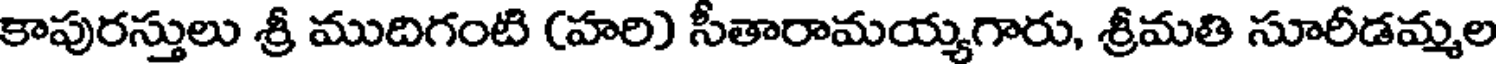
కాపురస్తులు శ్రీ ముదిగంటి (హరి) సీతారామయ్యగారు, శ్రీమతి సూరీడమ్మల